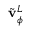
\Tilde { \mathbf { v } } _ { \phi } ^ { L }